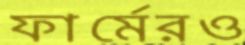
ফার্মেরও